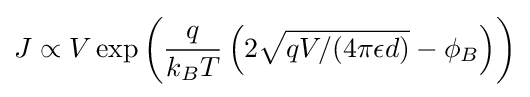
J\propto V\exp \left({\frac {q}{k_{B}T}}\left(2{\sqrt {qV/(4\pi \epsilon d)}}-\phi _{B}\right)\right)